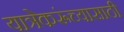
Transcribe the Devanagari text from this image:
यात्रेकरूंच्यासाठी